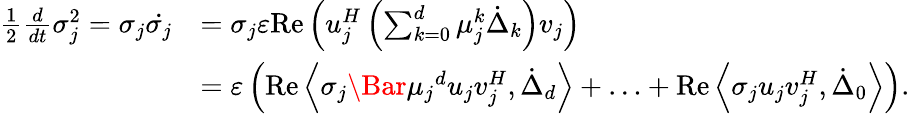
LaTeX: \begin{array}{rl}{\frac{1}{2}\frac{d}{dt}\sigma_{j}^{2}=\sigma_{j}\dot{\sigma_{j}}}&{=\sigma_{j}\varepsilon\mathrm{Re}\left(u_{j}^{H}\left(\sum_{k=0}^{d}\mu_{j}^{k}\dot{\Delta}_{k}\right)v_{j}\right)}\\ &{=\varepsilon\left(\mathrm{Re}\left\langle\sigma_{j}\Bar{\mu_{j}}^{d}u_{j}v_{j}^{H},\dot{\Delta}_{d}\right\rangle+\ldots+\mathrm{Re}\left\langle\sigma_{j}u_{j}v_{j}^{H},\dot{\Delta}_{0}\right\rangle\right).}\end{array}